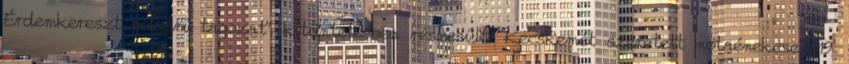
Érdemkereszt polgári tagozat” kitüntetésben részesült. Kecskemét szeretett nótaénekese, 19